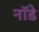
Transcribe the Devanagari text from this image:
नॉडे